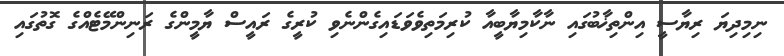
ނިމިދިޔަ ރިޔާސީ އިންތިޚާބުގައި ނާކާމިޔާބީއާ ކުރިމަތިވެވަޑައިގެންނެވި ކުރީގެ ރައީސް ޔާމީންގެ ރަނިންމޭޓެއްގެ ގޮތުގައި